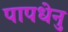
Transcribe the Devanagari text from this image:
पापधेनु